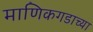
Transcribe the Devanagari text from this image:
माणिकगडाच्या